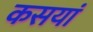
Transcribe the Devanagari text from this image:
कसयां